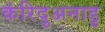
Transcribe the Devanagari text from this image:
कंरिदुअनाडु